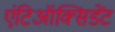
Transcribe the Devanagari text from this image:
एंटिऑक्सिडेंट